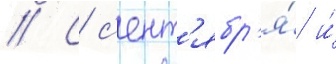
// С с'ент'ябр'я́ и́